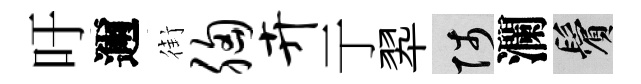
吁邇街胸卉亍翆陟瀾鬢